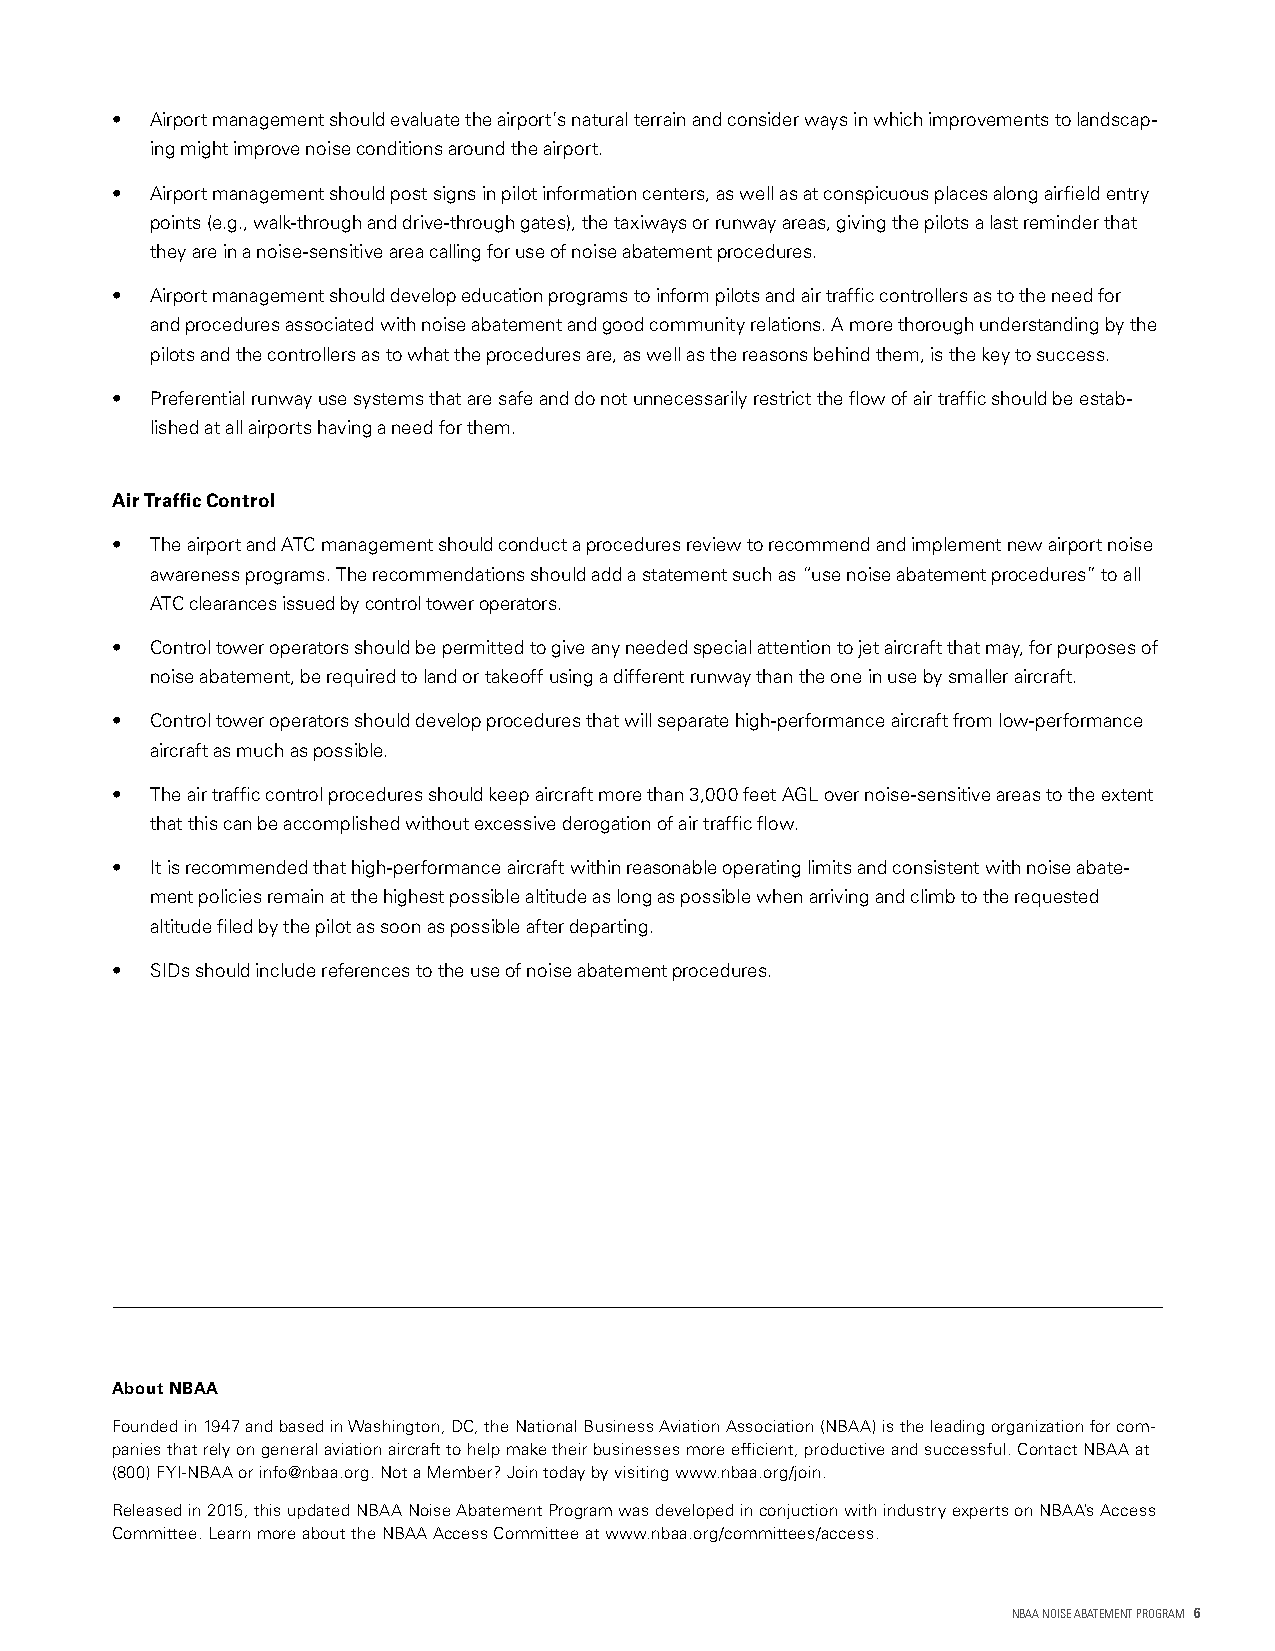
•  Airport management should evaluate the airport’s natural terrain and consider ways in which improvements to landscap-
 ing might improve noise conditions around the airport.
 •  Airport management should post signs in pilot information centers, as well as at conspicuous places along airfield entry
 points (e.g., walk-through and drive-through gates), the taxiways or runway areas, giving the pilots a last reminder that
 they are in a noise-sensitive area calling for use of noise abatement procedures.
 •  Airport management should develop education programs to inform pilots and air traffic controllers as to the need for
 and procedures associated with noise abatement and good community relations. A more thorough understanding by the
 pilots and the controllers as to what the procedures are, as well as the reasons behind them, is the key to success.
 •  Preferential runway use systems that are safe and do not unnecessarily restrict the flow of air traffic should be estab-
 lished at all airports having a need for them.
 Air Traffic Control
 •  The airport and ATC management should conduct a procedures review to recommend and implement new airport noise
 awareness programs. The recommendations should add a statement such as “use noise abatement procedures” to all
 ATC clearances issued by control tower operators.
 •  Control tower operators should be permitted to give any needed special attention to jet aircraft that may, for purposes of
 noise abatement, be required to land or takeoff using a different runway than the one in use by smaller aircraft.
 •  Control tower operators should develop procedures that will separate high-performance aircraft from low-performance
 aircraft as much as possible.
 •  The air traffic control procedures should keep aircraft more than 3,000 feet AGL over noise-sensitive areas to the extent
 that this can be accomplished without excessive derogation of air traffic flow.
 •  It is recommended that high-performance aircraft within reasonable operating limits and consistent with noise abate-
 ment policies remain at the highest possible altitude as long as possible when arriving and climb to the requested
 altitude filed by the pilot as soon as possible after departing.
 •  SIDs should include references to the use of noise abatement procedures.
 About NBAA
 Founded in 1947 and based in Washington, DC, the National Business Aviation Association (NBAA) is the leading organization for com-
 panies that rely on general aviation aircraft to help make their businesses more efficient, productive and successful. Contact NBAA at
 (800) FYI-NBAA or info@nbaa.org. Not a Member? Join today by visiting www.nbaa.org/join.
 Released in 2015, this updated NBAA Noise Abatement Program was developed in conjuction with industry experts on NBAA’s Access
 Committee. Learn more about the NBAA Access Committee at www.nbaa.org/committees/access.
 NBAA NOISE ABATEMENT PROGRAM 6